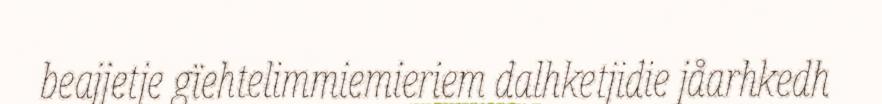
beajjetje gïehtelimmiemieriem dalhketjidie jåarhkedh